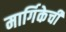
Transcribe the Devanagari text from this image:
मार्गिकेची